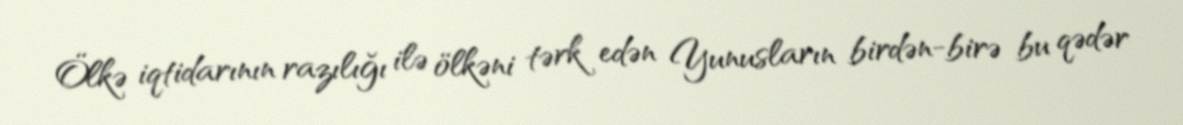
Ölkə iqtidarının razılığı ilə ölkəni tərk edən Yunusların birdən-birə bu qədər